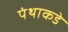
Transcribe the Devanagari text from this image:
पंथाकडे